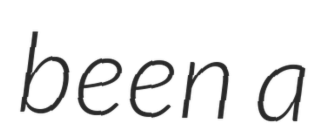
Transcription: been a